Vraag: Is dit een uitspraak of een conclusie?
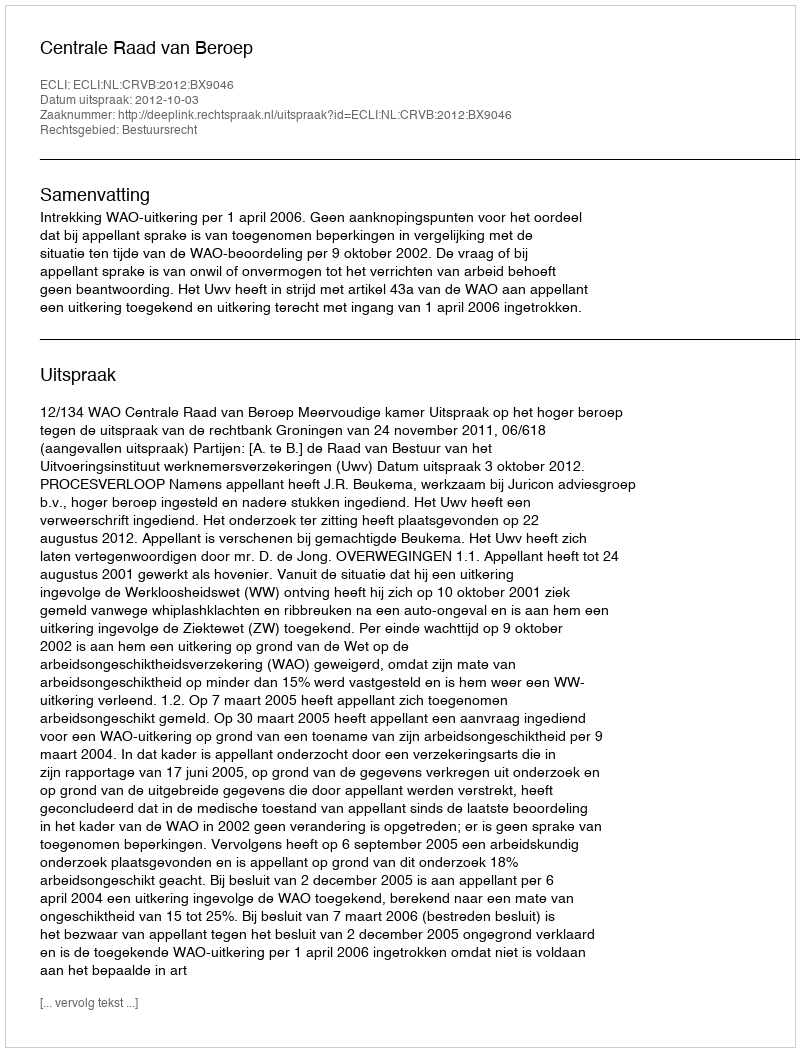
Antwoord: Uitspraak